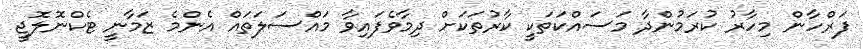
ފަރްހާން މިހާރު ކުރަމުންދާ މަސައްކަތަކީ ކާރުތަކަށް ދިމާވެފައިވާ މައްސަލަތައް އެންމެ ޒަމާނީ ޓެކްނޮލޮޖީ